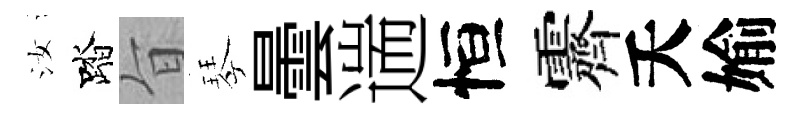
汝踏旨琴曇遄恒霽夭媮